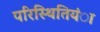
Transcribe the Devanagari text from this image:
परिस्थितियंा